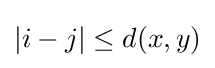
|i-j|\leq d(x,y)